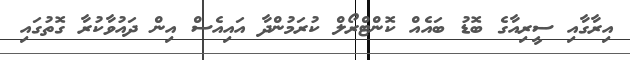
އިރާގާއި ސީރިއާގެ ބޮޑު ބައެއް ކޮންޓްރޯލް ކުރަމުންދާ އައިއެސް އިން ދައުވާކުރާ ގޮތުގައި